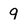
Character: q